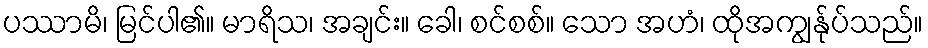
ပဿာမိ၊ မြင်ပါ၏။ မာရိသ၊ အချင်း။ ခေါ၊ စင်စစ်။ သော အဟံ၊ ထိုအကျွန်ုပ်သည်။